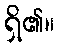
ရှိ၏။